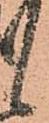
候